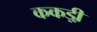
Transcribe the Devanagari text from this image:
ककड़ी़